Report of the Indian Hemp Drugs Commission, 1894-1895 - Volume V
Year: 1894
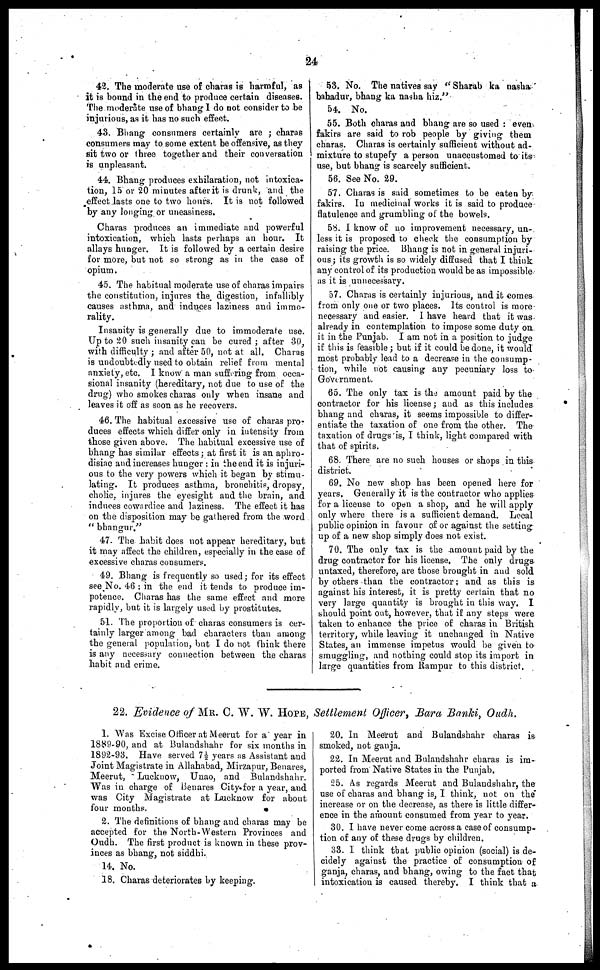
24
42. The moderate use of charas is harmful, as
it is bound in the end to produce certain diseases.
The moderate use of bhang I do not consider to be
injurious, as it has no such effect.
43. Bhang consumers certainly are; charas
consumers may to some extent be offensive, as they
sit two or three together and their conversation
is unpleasant.
44. Bhang produces exhilaration, not intoxica-
tion, 15 or 20 minutes after it is drunk, and the
effect lasts one to two hours. It is not followed
by any longing or uneasiness.
Charas produces an immediate and powerful
intoxication, which lasts perhaps an hour. It
allays hunger. It is followed by a certain desire
for more, but not so strong as in the case of
opium.
45. The habitual moderate use of charas impairs
the constitution, injures the digestion, infallibly
causes asthma, and induces laziness and immo-
rality.
Insanity is generally due to immoderate use.
Up to 20 such insanity can be cured; after 30,
with difficulty; and after 50, not at all. Charas
is undoubtadly used to obtain relief from mental
anxiety, etc. I know a man suffering from occa-
sional insanity (hereditary, not due to use of the
drug) who smokes charas only when insane and
leaves it off as soon as he recovers.
46. The habitual excessive use of charas pro-
duces effects which differ only in intensity from
those given above. The habitual excessive use of
bhang has similar effects; at first it is an aphro-
disiac and increases hunger: in the end it is injuri-
ous to the very powers which it began by stimu-
lating. It produces asthma, bronchitis, dropsy,
cholic, injures the eyesight and the brain, and
induces cowardice and laziness. The effect it has
on the disposition may be gathered from the word
"bhangur."
47. The habit does not appear hereditary, but
it may affect the children, especially in the case of
excessive charas consumers.
49. Bhang is frequently so used; for its effect
see No. 46; in the end it tends to produce im-
potence. Charas has the same effect and more
rapidly, but it is largely used by prostitutes.
51. The proportion of charas consumers is cer-
tainly larger among bad characters than among
the general population, but I do not think there
is any necessary connection between the charas
habit and crime.
53. No. The natives say "Sharab ka nasha
bahadur, bhang ka nasha hiz."
54. No.
55. Both charas and bhang are so used: even
fakirs are said to rob people by giving them
charas. Charas is certainly sufficient without ad-
mixture to stupefy a person unaccustomed to its
use, but bhang is scarcely sufficient.
56. See No. 29.
57. Charas is said sometimes to be eaten by
fakirs. In medicinal works it is said to produce
flatulence and grumbling of the bowels.
5S. I know of no improvement necessary, un-
less it is proposed to cheek the consumption by
raising the price. Bhang is not in general injuri-
ous; its growth is so widely diffused that I think
any control of its production would be as impossible
as it is unnecessary.
37. Charas is certainly injurious, and it comes
from only one or two places. Its control is more
necessary and easier. I have heard that it was
already in contemplation to impose some duty on
it in the Punjab. I am not in a position to judge
i if this is feasible; but if it could be done, it would
most probably lead to a decrease in the consump-
tion, while not causing any pecuniary loss to
Government.
65. The only tax is the amount paid by the
contractor for his license; and as this includes
bhang and charas, it seems impossible to differ-
entiate the taxation of one from the other. The
taxation of drugs is, I think, light compared with
that of spirits.
68.
There are no such houses or shops in this
district.
69. No new shop has been opened here for
years. Generally it is the contractor who applies
for a license to open a shop, and he will apply
only where there is a sufficient demand. Local
public opinion in favour of or against the setting
up of a new shop simply does not exist.
70. The only tax is the amount paid by the
drug contractor for his license. The only drugs
untaxed, therefore, are those brought in and sold
by others than the contractor; and as this is
against his interest, it is pretty certain that no
very large quantity is brought in this way. I
should point out, however, that if any steps were
taken to enhance the price of charas in British
territory, while leaving it unchanged in Native
States, an immense impetus would be given to
smuggling, and nothing could stop its import in
large quantities from Rampur to this district.
22. Evidence of MR. C. W. W. HOPE, Settlement Officer, Bara Banki, Oudh.
1. Was Excise Officer at Meerut for a year in
1889-90, and at Bulandshahr for six months in
1892-93. Have served 7½ years as Assistant and
Joint Magistrate in Allahabad, Mirzapur, Benares,
Meerut, Lucknow, Unao, and Bulandshahr.
Was in charge of Benares City-for a year, and
was City Magistrate at Lucknow for about
four months.
2. The definitions of bhang and charas may be
accepted for the North-Western Provinces and
Oudh. The first product is known in these prov-
inces as bhang, not siddhi.
14. No.
18. Charas deteriorates by keeping.
20. In Meerut and Bulandshahr charas is
smoked, not ganja.
22. In Meerut and Bulandshahr charas is im-
ported from Native States in the Punjab.
25. As regards Meerut and Bulandshahr, the
use of charas and bhang is, I think, not on the"
increase or on the decrease, as there is little differ-
ence in the amount consumed from year to year.
30. I have never come across a case of consump-
tion of any of these drugs by children.
33.
I think that public opinion (social) is de-
cidely against the practice of consumption of
ganja, charas, and bhang, owing to the fact that
intoxication is caused thereby. I think that a